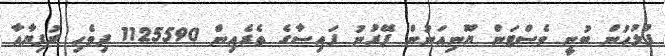
ފުލުހުން ބުނީ ވެސްޓަން ޔޫނިއަނުން ފޭރުނު ފައިސާގެ ތެރެއިން 1125590 ދިވެހި ރުފިޔާއާ